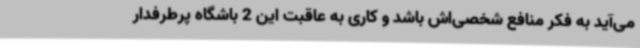
می‌آید به فکر منافع شخصی‌اش باشد و کاری به عاقبت این 2 باشگاه پرطرفدار